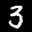
Label: 3